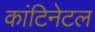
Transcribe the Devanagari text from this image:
कांटिनेटल